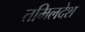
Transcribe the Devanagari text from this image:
तमिलदेश